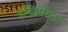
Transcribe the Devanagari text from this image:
इण्डिपेंडेन्ट